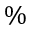
\%